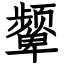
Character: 颦